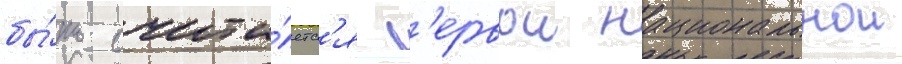
бы́ть счита́етс'я п'ервои национальнои